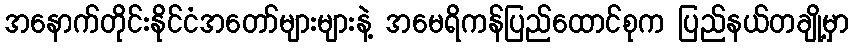
အနောက်တိုင်းနိုင်ငံအတော်များများနဲ့ အမေရိကန်ပြည်ထောင်စုက ပြည်နယ်တချို့မှာ